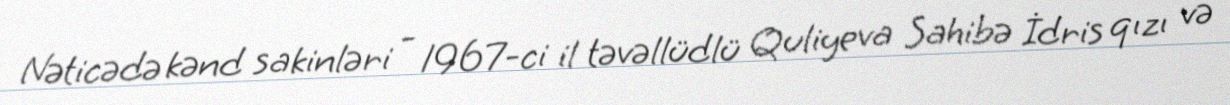
Nəticədə kənd sakinləri - 1967-ci il təvəllüdlü Quliyeva Sahibə İdris qızı və